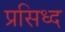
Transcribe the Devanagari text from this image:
प्रसिध्‍द